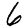
Digit: 6